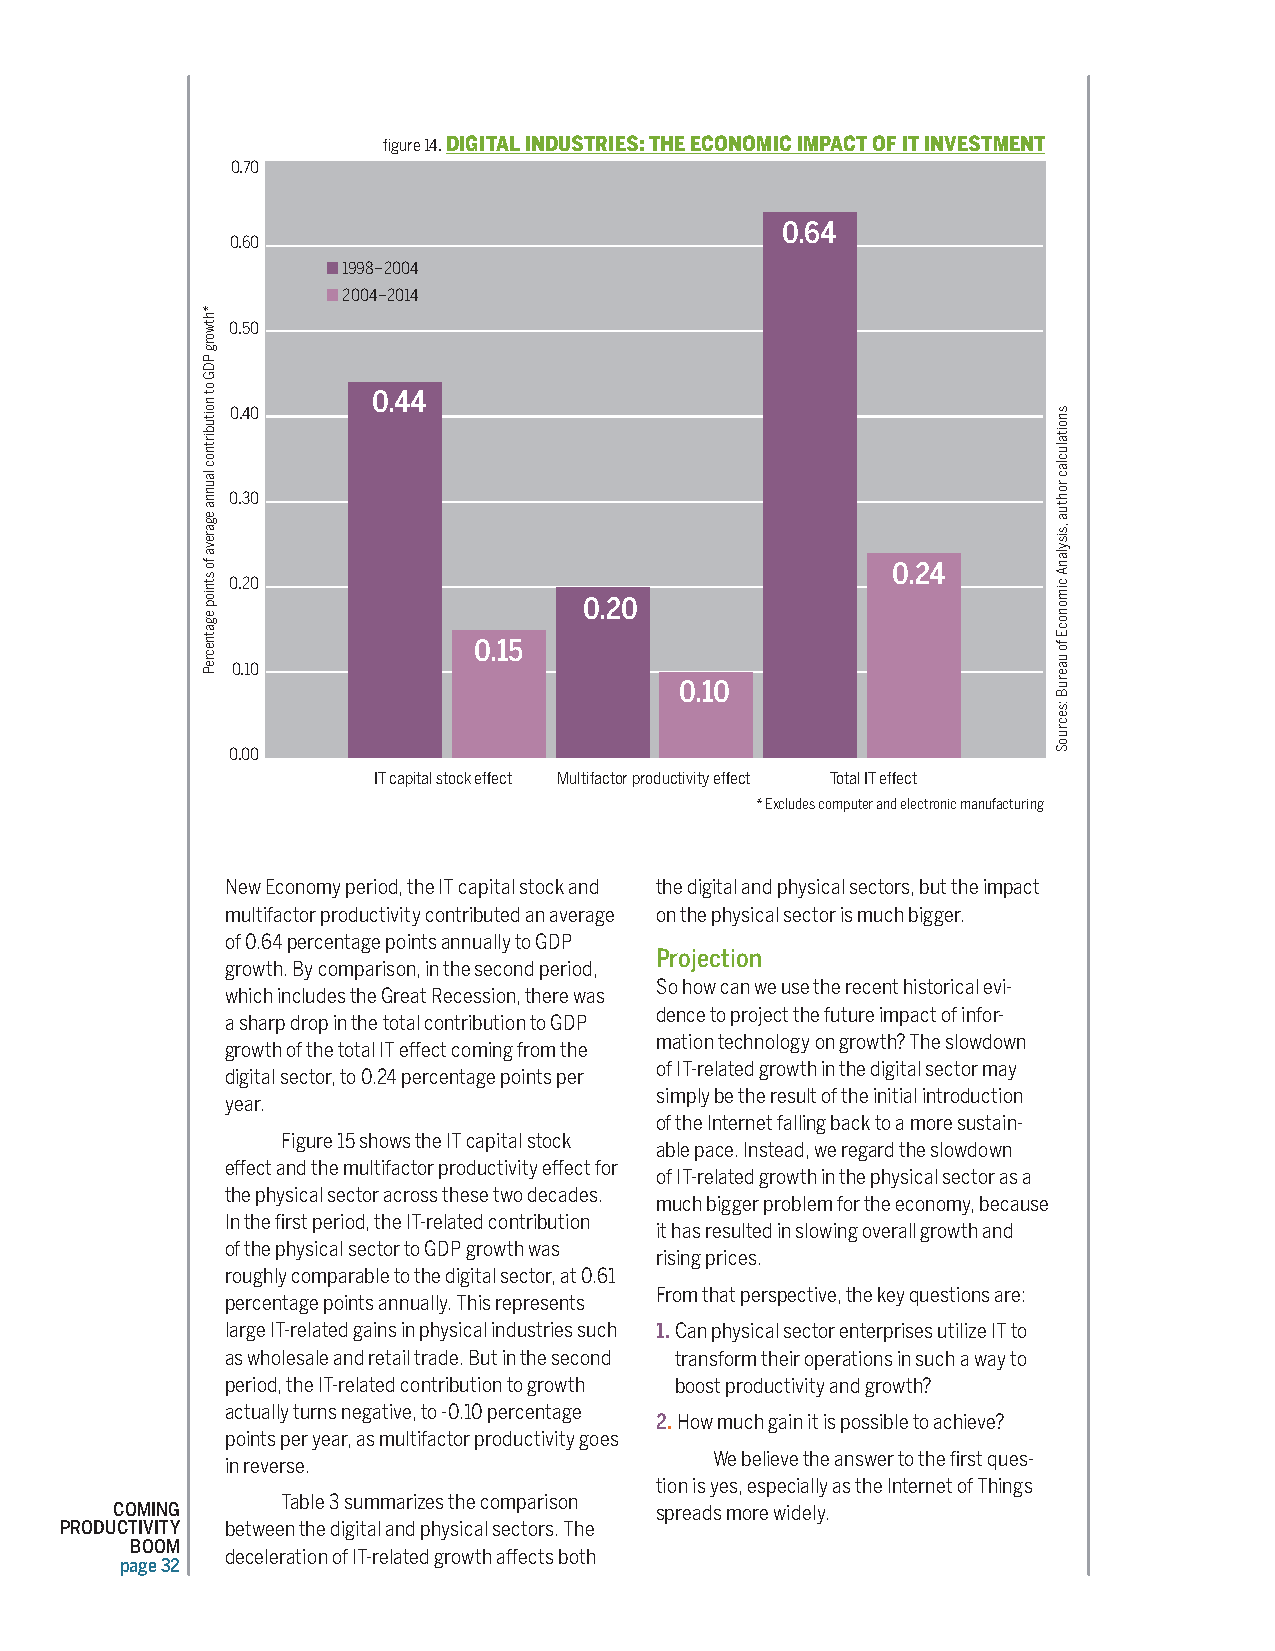
figure 14. DIGITAL INDUSTRIES: THE ECONOMIC IMPACT OF IT INVESTMENT
 0.70
 0.64
 0.60
 ■ 1998–2004
 ■ 2004–2014
 0.50
 0.44
 0.40
 0.30
 0.24
 0.20
 0.20
 0.15
 0.10
 0.10
 0.00
 IT capital stock effect Multifactor productivity effect Total IT effect
 * Excludes computer and electronic manufacturing
 New Economy period, the IT capital stock and the digital and physical sectors, but the impact
 multifactor productivity contributed an average on the physical sector is much bigger.
 of 0.64 percentage points annually to GDP
 Projection
 growth. By comparison, in the second period,
 So how can we use the recent historical evi-
 which includes the Great Recession, there was
 dence to project the future impact of infor-
 a sharp drop in the total contribution to GDP
 mation technology on growth? The slowdown
 growth of the total IT effect coming from the
 of IT-related growth in the digital sector may
 digital sector, to 0.24 percentage points per
 simply be the result of the initial introduction
 year.
 of the Internet falling back to a more sustain-
 Figure 15 shows the IT capital stock
 able pace. Instead, we regard the slowdown
 effect and the multifactor productivity effect for
 of IT-related growth in the physical sector as a
 the physical sector across these two decades.
 much bigger problem for the economy, because
 In the first period, the IT-related contribution
 it has resulted in slowing overall growth and
 of the physical sector to GDP growth was
 rising prices.
 roughly comparable to the digital sector, at 0.61
 From that perspective, the key questions are:
 percentage points annually. This represents
 large IT-related gains in physical industries such 1. Can physical sector enterprises utilize IT to
 as wholesale and retail trade. But in the second transform their operations in such a way to
 period, the IT-related contribution to growth boost productivity and growth?
 actually turns negative, to -0.10 percentage
 2. How much gain it is possible to achieve?
 points per year, as multifactor productivity goes
 We believe the answer to the first ques-
 in reverse.
 tion is yes, especially as the Internet of Things
 Table 3 summarizes the comparison
 COMING                              spreads more widely.
 PRODUCTIVITY between the digital and physical sectors. The
 BOOM
 deceleration of IT-related growth affects both
 page 32
 *htworg
 PDG
 ot
 noitubirtnoc
 launna
 egareva
 fo
 stniop
 egatnecreP
 snoitaluclac
 rohtua
 ,sisylanA
 cimonocE
 fo
 uaeruB
 :secruoS